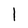
Character: 1